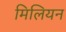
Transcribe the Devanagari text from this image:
मिलियन